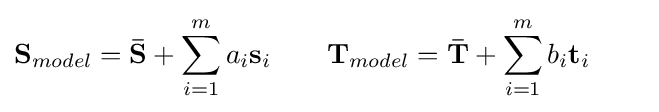
\mathbf {S} _{model}=\mathbf {\bar {S}} +\sum _{i=1}^{m}a_{i}\mathbf {s} _{i}\qquad \mathbf {T} _{model}=\mathbf {\bar {T}} +\sum _{i=1}^{m}b_{i}\mathbf {t} _{i}\qquad